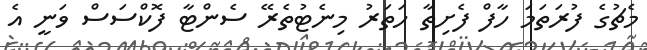
މެޗުގެ ފުރަތަމަ ހާފް ފެށިތާ ހަތަރު މިނެޓުތެރޭ ސެންޓާ ފޮކްސަސް ވަނީ އެ